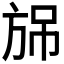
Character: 𣃫